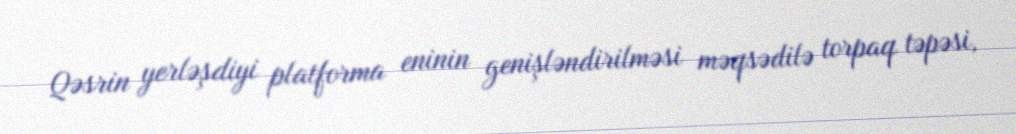
Qəsrin yerləşdiyi platforma eninin genişləndirilməsi məqsədilə torpaq təpəsi,